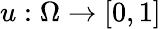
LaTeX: u:\Omega\to[0,1]